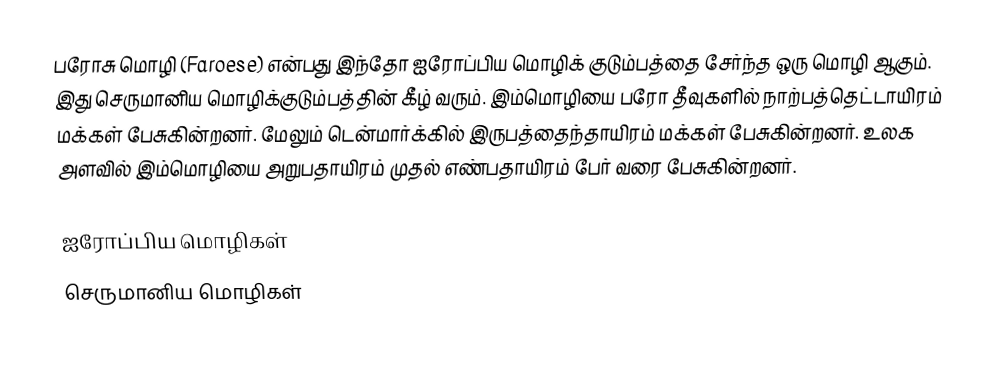
பரோசு மொழி (Faroese) என்பது இந்தோ ஐரோப்பிய மொழிக் குடும்பத்தை சேர்ந்த ஒரு மொழி ஆகும். இது செருமானிய மொழிக்குடும்பத்தின் கீழ் வரும். இம்மொழியை பரோ தீவுகளில் நாற்பத்தெட்டாயிரம் மக்கள் பேசுகின்றனர். மேலும் டென்மார்க்கில் இருபத்தைந்தாயிரம் மக்கள் பேசுகின்றனர். உலக அளவில் இம்மொழியை அறுபதாயிரம் முதல் எண்பதாயிரம் பேர் வரை பேசுகின்றனர்.

ஐரோப்பிய மொழிகள்
செருமானிய மொழிகள்